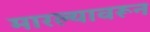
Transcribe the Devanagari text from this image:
मारल्यावरून